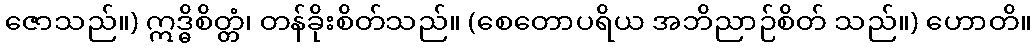
ဇောသည်။) ဣဒ္ဓိစိတ္တံ၊ တန်ခိုးစိတ်သည်။ (စေတောပရိယ အဘိညာဉ်စိတ် သည်။) ဟောတိ။